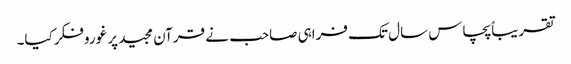
تقریباًپچاس سال تک فراہی صاحب نے قرآن مجید پر غوروفکرکیا۔